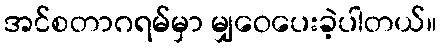
အင်စတာဂရမ်မှာ မျှဝေပေးခဲ့ပါတယ်။